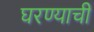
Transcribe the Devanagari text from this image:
घरण्याची